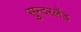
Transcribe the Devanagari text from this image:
सुन्दरलैंड